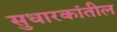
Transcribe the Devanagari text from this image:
सुधारकांतील